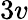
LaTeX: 3v